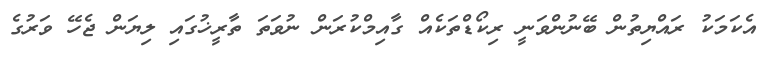
އެކަމަކު ރައްޔިތުން ބޭނުންވަނީ ރިކޯޑްތަކެއް ގާއިމްކުރަން ނުވަތަ ތާރީޚުގައި ލިޔަން ޖެހޭ ވަރުގެ